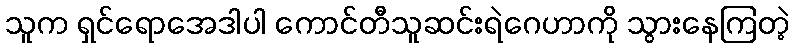
သူက ရှင်ရောအေဒါပါ ကောင်တီသူဆင်းရဲဂေဟာကို သွားနေကြတဲ့